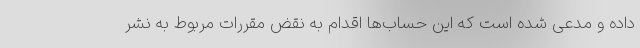
داده و مدعی شده است که این حساب‌ها اقدام به نقض مقررات مربوط به نشر